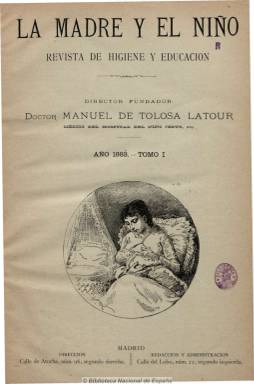
Título: La Madre y el niño (Madrid)
Colección: Revistas femeninas || Salud e higiene
Ámbito geográfico: Madrid
Lugar de publicación: Madrid
Fechas: 01/01/1883-31/12/1884

Revista dedicada a la infancia, la higiene y educación de la mujer, la crianza física, moral y sentimental de los niños, la fundación de hospitales y hospicios, la mejora de los asilos benéficos, los socorros a las madres pobres y el amparo del niño desvalido, tal como señala su programa. Contiene artículos doctrinales y divulgativos y contó con una larga nómina de colaboradores, entre médicos y literatos de la época -pues dedicó algunas páginas a la cultura-, entre los que se encuentran los doctores Mariano Benavente, Francisco Alonso Rubio o Carlos Rodríguez Pinilla, y otros de la Sociedad Española de Higiene. Fundada y dirigida por Manuel Tolosa Latour (1857-1919), médico del Hospital del Niño Jesús, convertido en referente español, es pionera en la popularización de estos asuntos. Subtitulada “revista ilustrada de higiene y educación”, con aparición mensual en números de 16 páginas. Publicó escasos grabados y dedicó el primer número de 1884 al literato vallisoletano Leopoldo Cano.